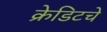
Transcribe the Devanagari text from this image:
क्रेडिटचे